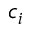
c _ { i }